Annual statistical returns and brief notes on vaccination in Bengal - 1887-1898
Year: 1887
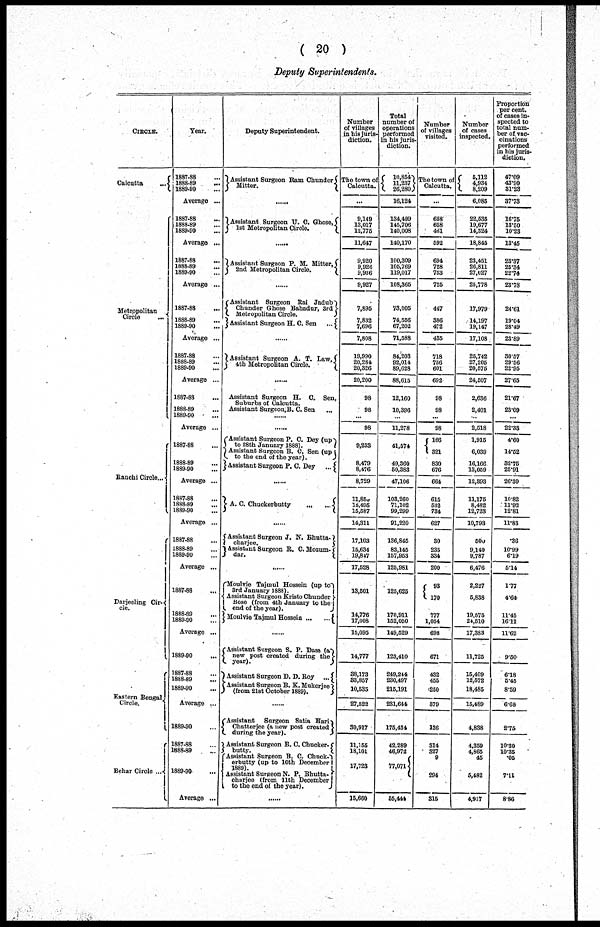
( 20 )
Deputy Superintendents.
CIRCLE.
Calcutta
...
Metropolitan
Circle
...
Ranchi Circle...
Darjeeling Cir-
cle.
Eastern Bengal
Circle.
Behar Circle ...
Year.
1887-88 ...
1888-89 ...
1889-90 ...
Average ...
1887-88 ...
1888-89 ...
1889-90 ...
Average ...
1887-88 ...
1888-89 ...
1889-90 ...
Average ...
1887-88 ...
1888-89 ...
1889-90 ...
Average ...
1887-88 ...
1888-89 ...
1889-90 ...
Average ...
1887-88 ...
1888-89 ...
1889-90 ...
Average ...
1887-88 ...
1888-89 ...
1889-90 ...
Average ...
1887-88 ...
1888-89 ...
1889-90 ...
Average ...
1887-88 ...
1888-89 ...
1889-90 ...
Average ...
1887-88 ...
1888-89 ...
1889-90 ...
Average ...
1889-90 ...
1887-88 ...
1888-89 ...
1889-90 ...
Average ...
1889-90 ...
1887-88 ...
1888-89 ...
1889-90 ...
Average ...
Deputy Superintendent.
Assistant Surgeon Bam Chunder
Mitter.
......
Assistant Surgeon U. C. Ghose,
1st Metropolitan Circle.
......
Assistant Surgeon P. M. Mitter,
2nd Metropolitan Circle.
......
Assistant Surgeon Rai Jadub
Chunder Ghose Bahadur, 3rd
Metropolitan Circle.
Assistant Surgeon H. C. Sen ...
......
Assistant Surgeon A. T. Law,
4th Metropolitan Circle.
......
Assistant Surgeon H. C. Sen,
Suburbs of Calcutta.
Assistant Surgeon. B. C. Sen ...
......
......
Assistant Surgeon P. C. Dey(up
to 28th January 1888).
Assistant Surgeon B. C. Sen (up
to the end of the year).
Assistant Surgeon P. C. Dey ...
......
A. C. Chuckerbutty
...
...
......
Assistant Surgeon J. N. Bhutta-
charjee.
Assistant Surgeon R. C. Mozum-
dar.
......
Moulvie Tajmul Hossein (up to
3rd January 1888).
Assistant Surgeon Kristo Chunder
Bose (from 4th January to the
end of the year).
Moulvie Tajmul Hossein
...
...
......
Assistant 8urgeon S. P. Dass (a
new post created during the
year).
Assistant Surgeon D. D. Roy ...
Assistant Surgeon B. K. Mukerjee
(from 21st October 1889)
......
Assistant Surgeon Satia Hari-
Chatterjee (a new post created
during the year).
Assistant Surgeon B. C. Chucker-
butty.
Assistant Surgeon B. C. Chuck-
erbutty (up to 10th December
1889).
Assistant Surgeon N. P. Bhutta-
charjee (from 11th December
to the end of the year).
......
Number
of villages
in his juris-
diction.
The town of
Calcutta.
...
9,149
18,017
12,776
11,647
9,920
9,926
9,936
9,927
7,895
7,832
7,696
7,808
19,990
20,284
20,326
20,200
98
98
...
98
9,233
8,479
8,476
8,729
11,860
15,495
15,587
14,311
17,103
15,634
19,847
17,528
13,501
14,776
17,008
15,095
14,777
38,173
33,857
10,535
27,522
30,917
11,155
18,101
17,723
15,660
Total
number of
operations
performed
in his juris-
diction.
10,854
11,237
26,280
16,124
134,499
145,706
140,008
140,170
100,309
105,769
119,017
108,365
73,005
74,556
67,202
71,588
84,203
92,014
89,628
88,615
12,160
10,396
...
11,278
41,574
49,360
50,383
47,106
103,260
71,102
99,299
91,220
136,845
83,145
157,953
125,981
125,625
170,911
152,050
149,529
123,410
249,244
230,497
215,191
231,644
175,434
42,289
46,972
77,071
55,444
Number
of villages
visited.
The town of
Calcutta.
...
658
658
431
592
694
728
733
725
447
386
472
435
718
756
601
692
98
98
...
98
166
321
830
676
664
615
532
734
627
30
235
334
200
93
170
777
1,054
698
671
432
455
250
379
136
314
327
9
294
315
Number
of cases
inspected.
5,112
4,934
8,209
6,085
22,536
19,677
14,324
18,846
23,451
26,811
27,027
25,778
17,979
14,197
19,147
17,108
25,742
27,205
20,576
24,607
2,636
2,401
...
2,618
1,915
6,039
16,166
13,059
12,393
11,175
8,482
12,723
10,793
500
9,140
9,787
6,476
2,227
5,838
19,575
24,510
17,383
11,725
15,409
12,572
18,485
15,489
4,838
4,359
4,865
46
5,482
4,917
Proportion
per cent.
of cases in-
spected to
total num-
ber of vac-
cinations
performed
in his juris-
diction.
47.09
43.90
31.28
37.73
16.75
18.50
10.23
13.45
23.37
25.34
22.74
23.78
24.61
19.04
28.49
23.89
30.57
29.56
22.95
27.65
21.67
23.09
...
22.33
4.60
14.52
32.75
25.91
26.30
10.82
11.92
12.81
11.83
.36
10.99
6.19
5.14
1.77
4.64
11.45
16.11
11.62
9.50
6.18
5.45
8.59
6.68
2.75
10.30
10.35
.05
7.11
8.86